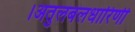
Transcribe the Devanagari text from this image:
।अतुलबलधारिणी